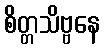
စိတ္တသိဗ္ဗနေ